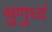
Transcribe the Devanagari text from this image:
श्रुणुध्वं